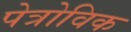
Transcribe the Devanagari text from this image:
पेत्रोविक